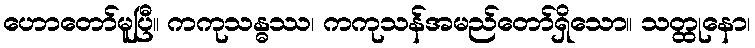
ဟောတော်မူပြီ။ ကကုသန္ဓဿ၊ ကကုသန်အမည်တော်ရှိသော။ သတ္ထုနော၊